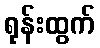
ရုန်းထွက်